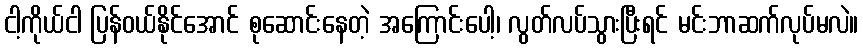
ငါ့ကိုယ်ငါ ပြန်ဝယ်နိုင်အောင် စုဆောင်းနေတဲ့ အကြောင်းပေါ့၊ လွတ်လပ်သွားပြီးရင် မင်းဘာဆက်လုပ်မလဲ။